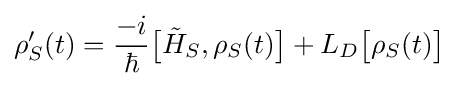
\rho '_{S}(t)={\frac {-i}{\hbar }}{\big [}{\tilde {H}}_{S},\rho _{S}(t){\big ]}+L_{D}{\big [}\rho _{S}(t){\big ]}